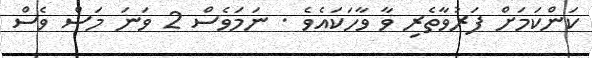
ކަންކަމަށް ފަރުވާތެރި ވާ ވާހަކައެވެ . ނަމަވެސް 2 ވަނަ މަސް ވެސް